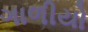
ગાળીયો